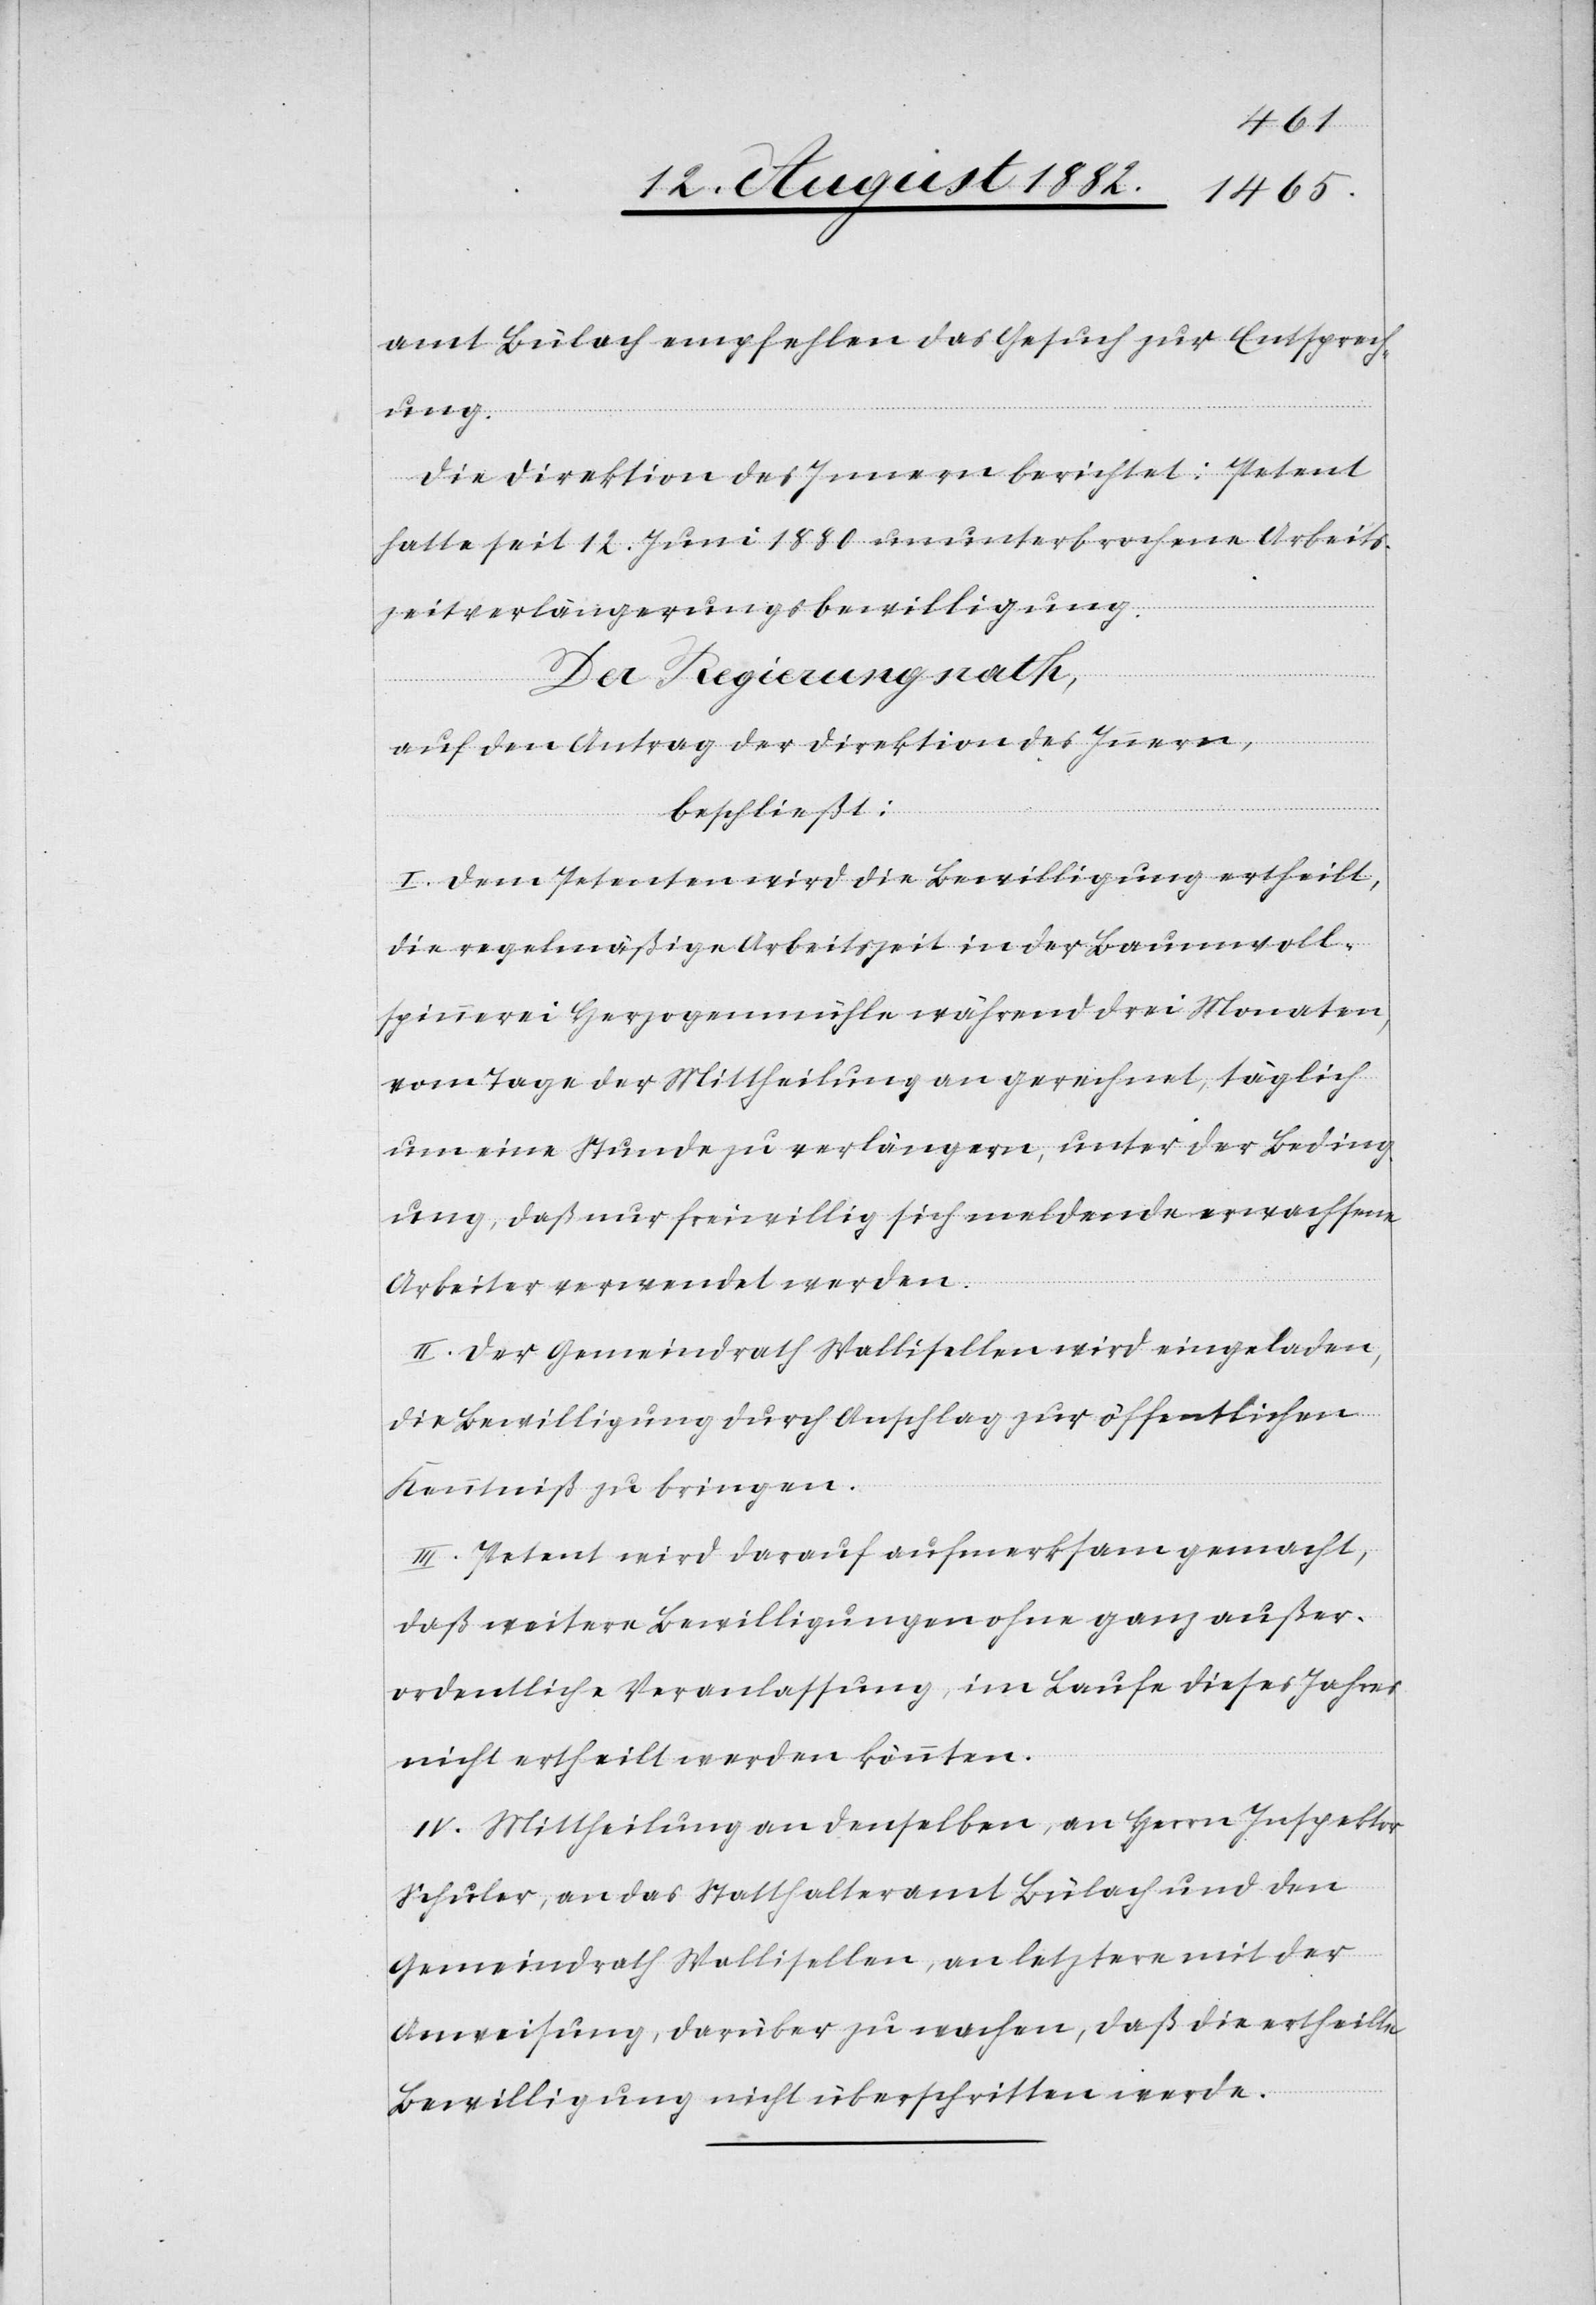
amt Bülach empfehlen das Gesuch zur Entsprech¬
ung.
Die Direktion des Innern berichtet: Petent
hatte seit 12. Juni 1880 ununterbrochen Arbeits¬
zeitverlängerungsbewilligung.
Der Regierungsrath,
auf den Antrag der Direktion des Innern,
beschließt:
I. Dem Petenten wird die Bewilligung ertheilt,
die regelmäßige Arbeitszeit in der Baumwoll¬
spinnerei Herzogenmühle während drei Monaten,
vom Tage der Mittheilung an gerechnet, täglich
um eine Stunde zu verlängern, unter der Beding¬
ung, daß nur freiwillig sich meldende erwachsene
Arbeiter verwendet werden.
II. Der Gemeindrath Wallisellen wird eingeladen,
die Bewilligung durch Anschlag zur öffentlichen
Kenntniß zu bringen.
III. Petent wird darauf aufmerksam gemacht,
daß weitere Bewilligungen ohne ganz außer¬
ordentliche Veranlassung, im Laufe dieses Jahres
nicht ertheilt werden könnten.
IV. Mittheilung an denselben, an Herrn Inspektor
Schuler, an das Statthalteramt Bülach und den
Gemeindrath Wallisellen, an letztere mit der
Anweisung, darüber zu wachen, daß die ertheilte
Bewilligung nicht überschritten werde.